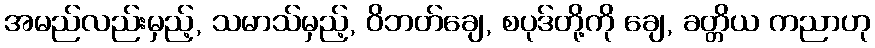
အမည်လည်းမှည့်, သမာသ်မှည့်, ဝိဘတ်ချေ, စပုဒ်တို့ကို ချေ, ခတ္တိယ ကညာဟု